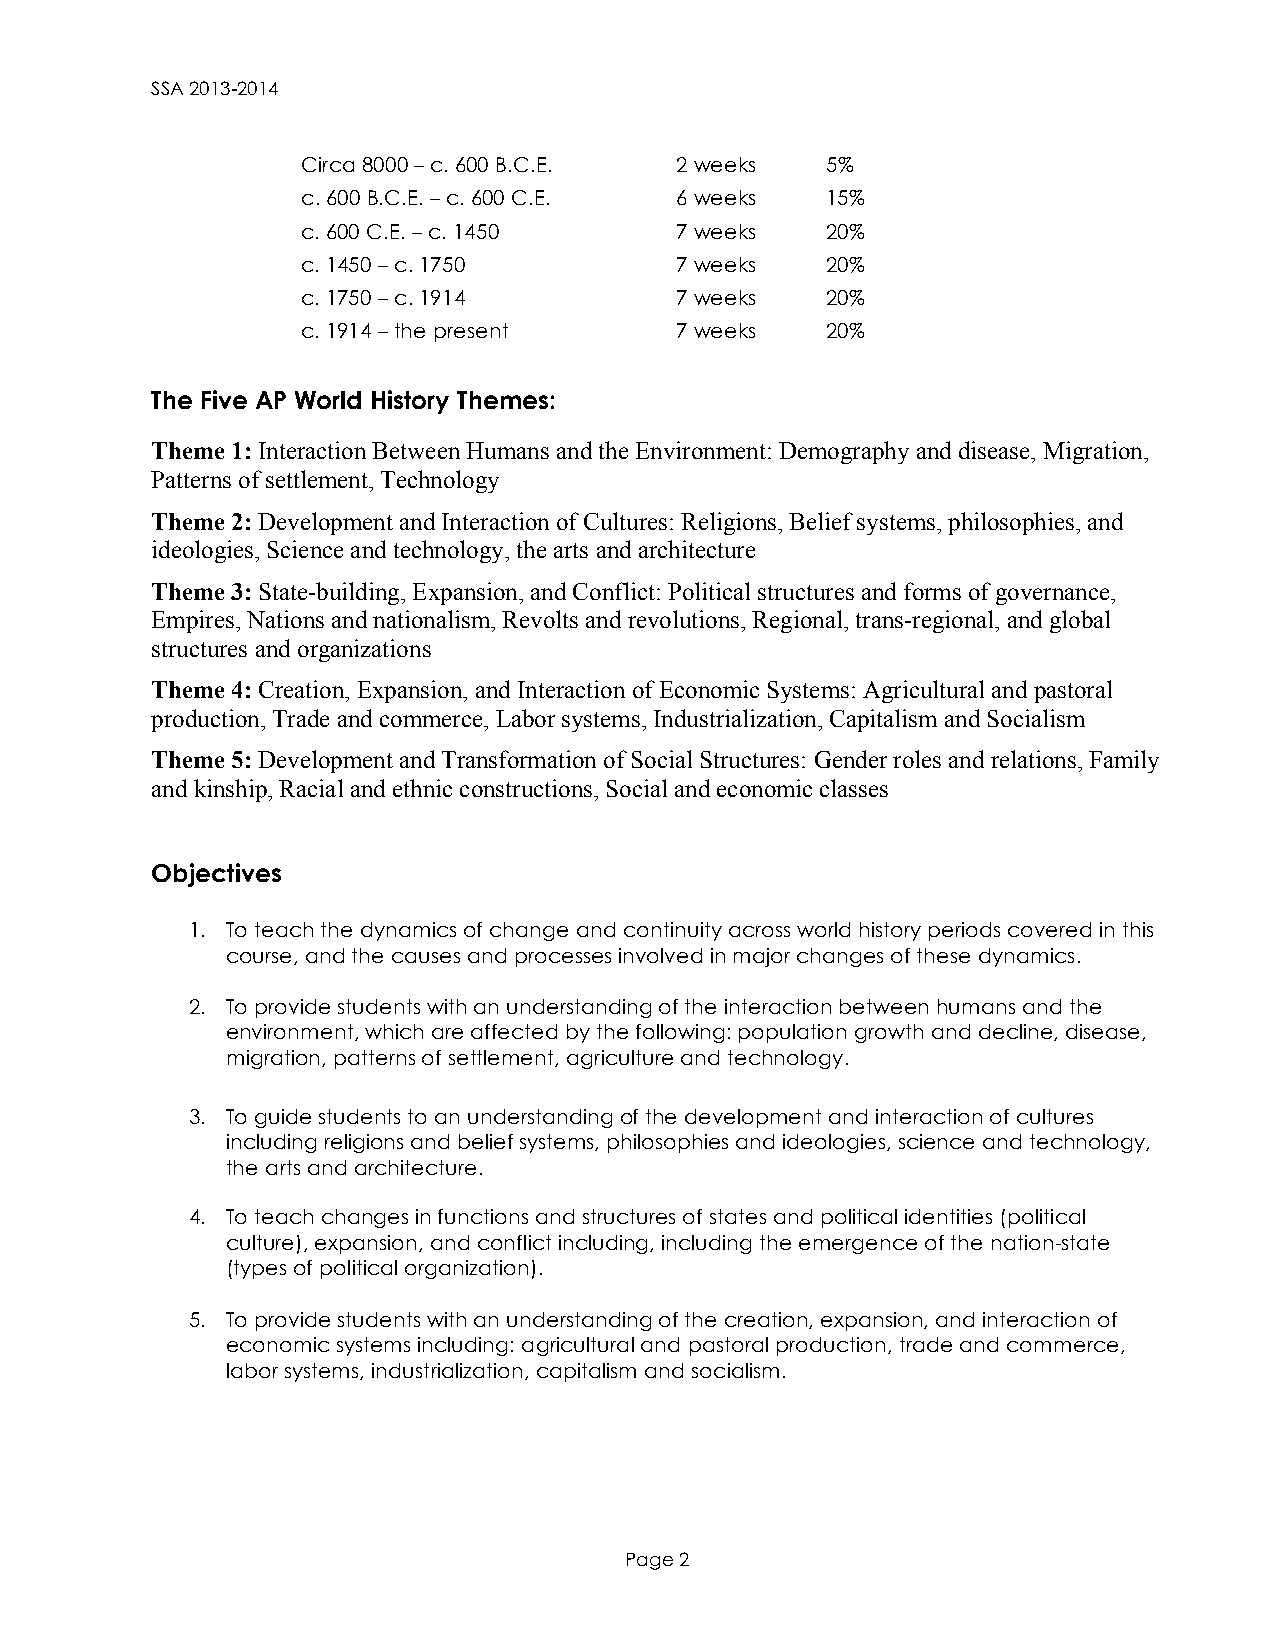
SSA 2013-2014
 Circa 8000 – c. 600 B.C.E. 2 weeks 5%
 c. 600 B.C.E. – c. 600 C.E. 6 weeks 15%
 c. 600 C.E. – c. 1450    7 weeks   20%
 c. 1450 – c. 1750        7 weeks   20%
 c. 1750 – c. 1914        7 weeks   20%
 c. 1914 – the present    7 weeks   20%
 The Five AP World History Themes:
 Theme 1: Interaction Between Humans and the Environment: Demography and disease, Migration,
 Patterns of settlement, Technology
 Theme 2: Development and Interaction of Cultures: Religions, Belief systems, philosophies, and
 ideologies, Science and technology, the arts and architecture
 Theme 3: State-building, Expansion, and Conflict: Political structures and forms of governance,
 Empires, Nations and nationalism, Revolts and revolutions, Regional, trans-regional, and global
 structures and organizations
 Theme 4: Creation, Expansion, and Interaction of Economic Systems: Agricultural and pastoral
 production, Trade and commerce, Labor systems, Industrialization, Capitalism and Socialism
 Theme 5: Development and Transformation of Social Structures: Gender roles and relations, Family
 and kinship, Racial and ethnic constructions, Social and economic classes
 Objectives
 1. To teach the dynamics of change and continuity across world history periods covered in this
 course, and the causes and processes involved in major changes of these dynamics.
 2. To provide students with an understanding of the interaction between humans and the
 environment, which are affected by the following: population growth and decline, disease,
 migration, patterns of settlement, agriculture and technology.
 3. To guide students to an understanding of the development and interaction of cultures
 including religions and belief systems, philosophies and ideologies, science and technology,
 the arts and architecture.
 4. To teach changes in functions and structures of states and political identities (political
 culture), expansion, and conflict including, including the emergence of the nation-state
 (types of political organization).
 5. To provide students with an understanding of the creation, expansion, and interaction of
 economic systems including: agricultural and pastoral production, trade and commerce,
 labor systems, industrialization, capitalism and socialism.
 Page 2